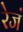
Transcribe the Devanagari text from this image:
रेजं